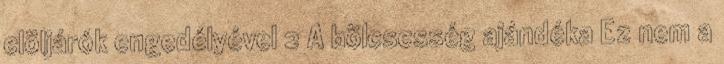
elöljárók engedélyével 2 A bölcsesség ajándéka Ez nem a